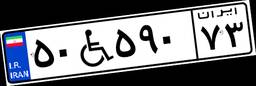
۵۰W۵۹۰۷۳